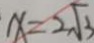
x = 2 \sqrt { 3 }